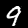
Digit: 9